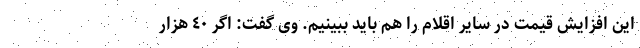
این افزایش قیمت در سایر اقلام را هم باید ببینیم. وی گفت: اگر ٤٠ هزار